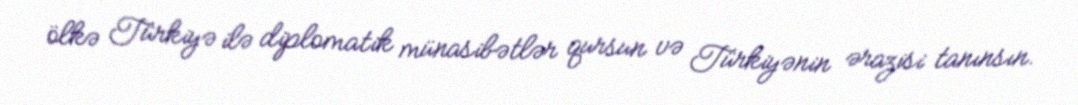
ölkə Türkiyə ilə diplomatik münasibətlər qursun və Türkiyənin ərazisi tanınsın.